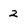
Character: 2